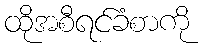
ထိုအစီရင်ခံစာကို